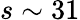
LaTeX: s\sim 31